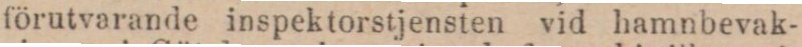
förutvarande inspektorstjensten vid hamnbevak-